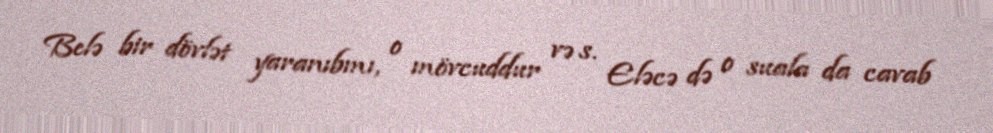
Belə bir dövlət yaranıbmı, o mövcuddur və s. Eləcə də o suala da cavab